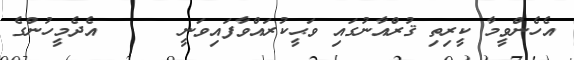
އެހެންވީމާ ކީރިތި ޤުރްއާނުގައި ވަޙީކުރައްވާފައިވަނީ      އެދެމީހުންގެ